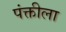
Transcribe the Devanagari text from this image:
पंक्तीला